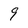
Character: 9